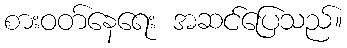
စားဝတ်နေရေး အဆင်ပြေသည်။